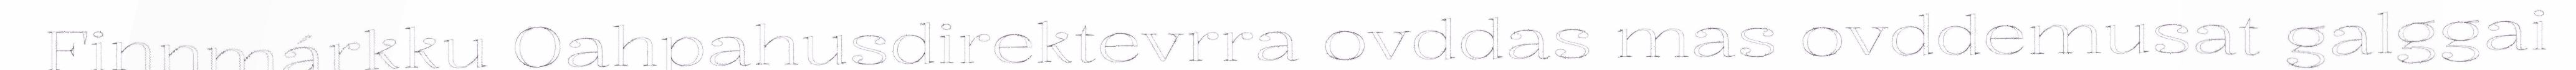
Finnmárkku Oahpahusdirektevrra ovddas mas ovddemusat galggai